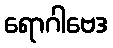
ရောဂါဗေဒ